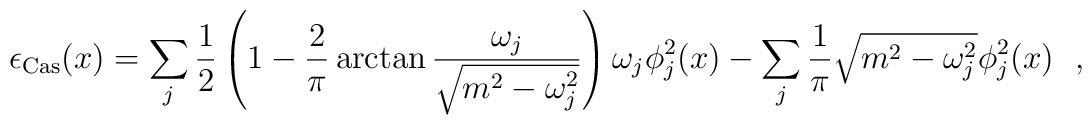
\epsilon_{\rm Cas}(x)=\sum_j \frac{1}{2} \left( 1 - \frac{2}{\pi} \arctan\frac{\omega_j}{\sqrt{m^2- \omega_j^2}} \right)\omega_j\phi^2_{j}(x)-\sum_j\frac{1}{\pi}\sqrt{m^2-\omega^2_{j}}\phi_{j}^2(x) \ \ ,